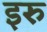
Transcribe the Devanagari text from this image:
इरु